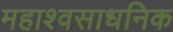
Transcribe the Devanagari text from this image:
महाश्वसाधनिक